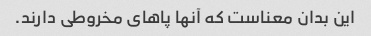
این بدان معناست که آنها پاهای مخروطی دارند.